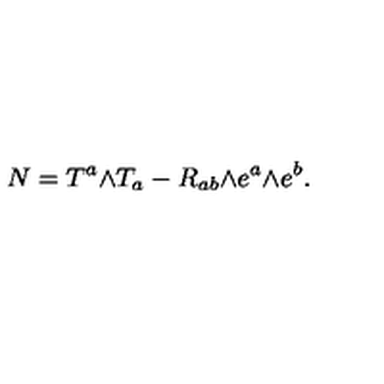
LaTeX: N = T ^ { a } \mathrm { \tiny \wedge } T _ { a } - R _ { a b } \mathrm { \tiny \wedge } e ^ { a } \mathrm { \tiny \wedge } e ^ { b } .